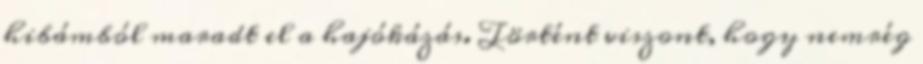
hibámból maradt el a hajókázás. Történt viszont, hogy nemrég